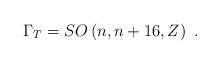
LaTeX: \begin{align*}\Gamma_T = SO\left(n,n+16, Z\right)\ .\end{align*}